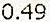
0.49